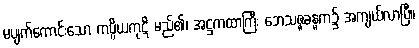
မပျက်ကောင်းသော ကပ္ပိယကုဋိ မည်၏၊ အဋ္ဌကထာကြီး ဘေသဇ္ဇခန္ဓက၌ အကျယ်လာပြီ။